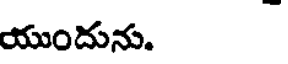
యుందును.